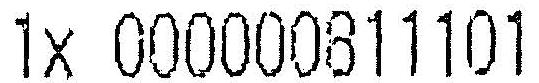
1X 000000811101